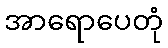
အာရောပေတုံ